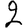
Digit: 2